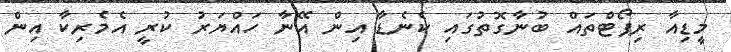
މީޑިއާ ރިޕޯޓްތައް ބުނާގޮތުގައި ކެނެޑާ އިން އޭނާ ހައްޔަރު ކުރީ އެމެރިކާ އިން